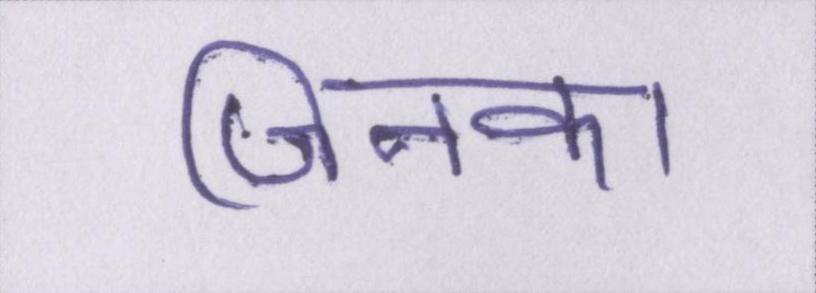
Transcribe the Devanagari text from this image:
जिनका